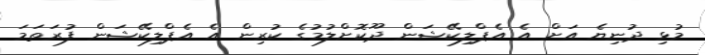
މުޅި ދުނިޔެ އަށް އެ އެޕްލިކޭޝަން ދޫކޮށްލުމުގެ ކުރިން އެ އެޕްލިކޭޝަން ފުރަތަމަ